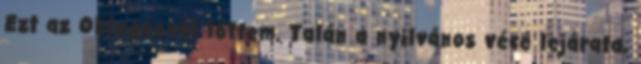
Ezt az Oktogonnál lőttem. Talán a nyilvános vécé lejárata,